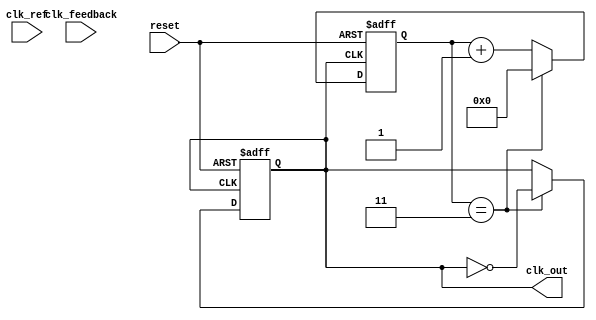
module cp_pll (
    input wire clk_ref,         // Reference clock input
    input wire clk_feedback,    // Feedback clock from VCO
    input wire reset,           // Reset signal
    output reg clk_out          // Output clock from VCO
);

// PFD signals
reg up, down;

// Charge Pump signals
reg [7:0] charge_voltage; // Control voltage (8 bits for simplicity)

// Loop Filter (simple first-order low-pass filter)
reg [7:0] loop_filter_out;

// VCO parameters
reg [7:0] vco_frequency; // VCO output frequency

// Frequency Divider
reg [3:0] divider_count; // 4-bit divider count
reg [3:0] divider_ratio;  // Divider ratio

// PFD
always @(posedge clk_ref or posedge reset) begin
    if (reset) begin
        up <= 0;
        down <= 0;
    end else begin
        // Simple phase detection logic
        if (clk_ref && !clk_feedback) begin
            up <= 1; 
            down <= 0;
        end else if (!clk_ref && clk_feedback) begin
            up <= 0; 
            down <= 1;
        end else begin
            up <= 0; 
            down <= 0;
        end
    end
end

// Charge Pump
always @(posedge clk_ref or posedge reset) begin
    if (reset) begin
        charge_voltage <= 8'b0;
    end else begin
        if (up) begin
            charge_voltage <= charge_voltage + 1; // Charge
        end else if (down) begin
            charge_voltage <= charge_voltage - 1; // Discharge
        end
    end
end

// Loop Filter (simple RC filter model)
always @(posedge clk_ref or posedge reset) begin
    if (reset) begin
        loop_filter_out <= 8'b0;
    end else begin
        loop_filter_out <= (loop_filter_out * 7 + charge_voltage) / 8; // Simple averaging filter
    end
end

// VCO Output Frequency
always @(posedge clk_ref or posedge reset) begin
    if (reset) begin
        vco_frequency <= 8'b0; // Initialize VCO frequency
    end else begin
        vco_frequency <= loop_filter_out; // VCO frequency controlled by loop filter output
    end
end

// Frequency Divider
always @(posedge clk_out or posedge reset) begin
    if (reset) begin
        divider_count <= 0;
        clk_out <= 0;
    end else begin
        if (divider_count == divider_ratio - 1) begin
            clk_out <= ~clk_out; // Toggle output clock
            divider_count <= 0; // Reset counter
        end else begin
            divider_count <= divider_count + 1; // Increment counter
        end
    end
end

// Setting the divider ratio for feedback
initial begin
    divider_ratio = 4; // Example: Divide by 4
end

endmodule